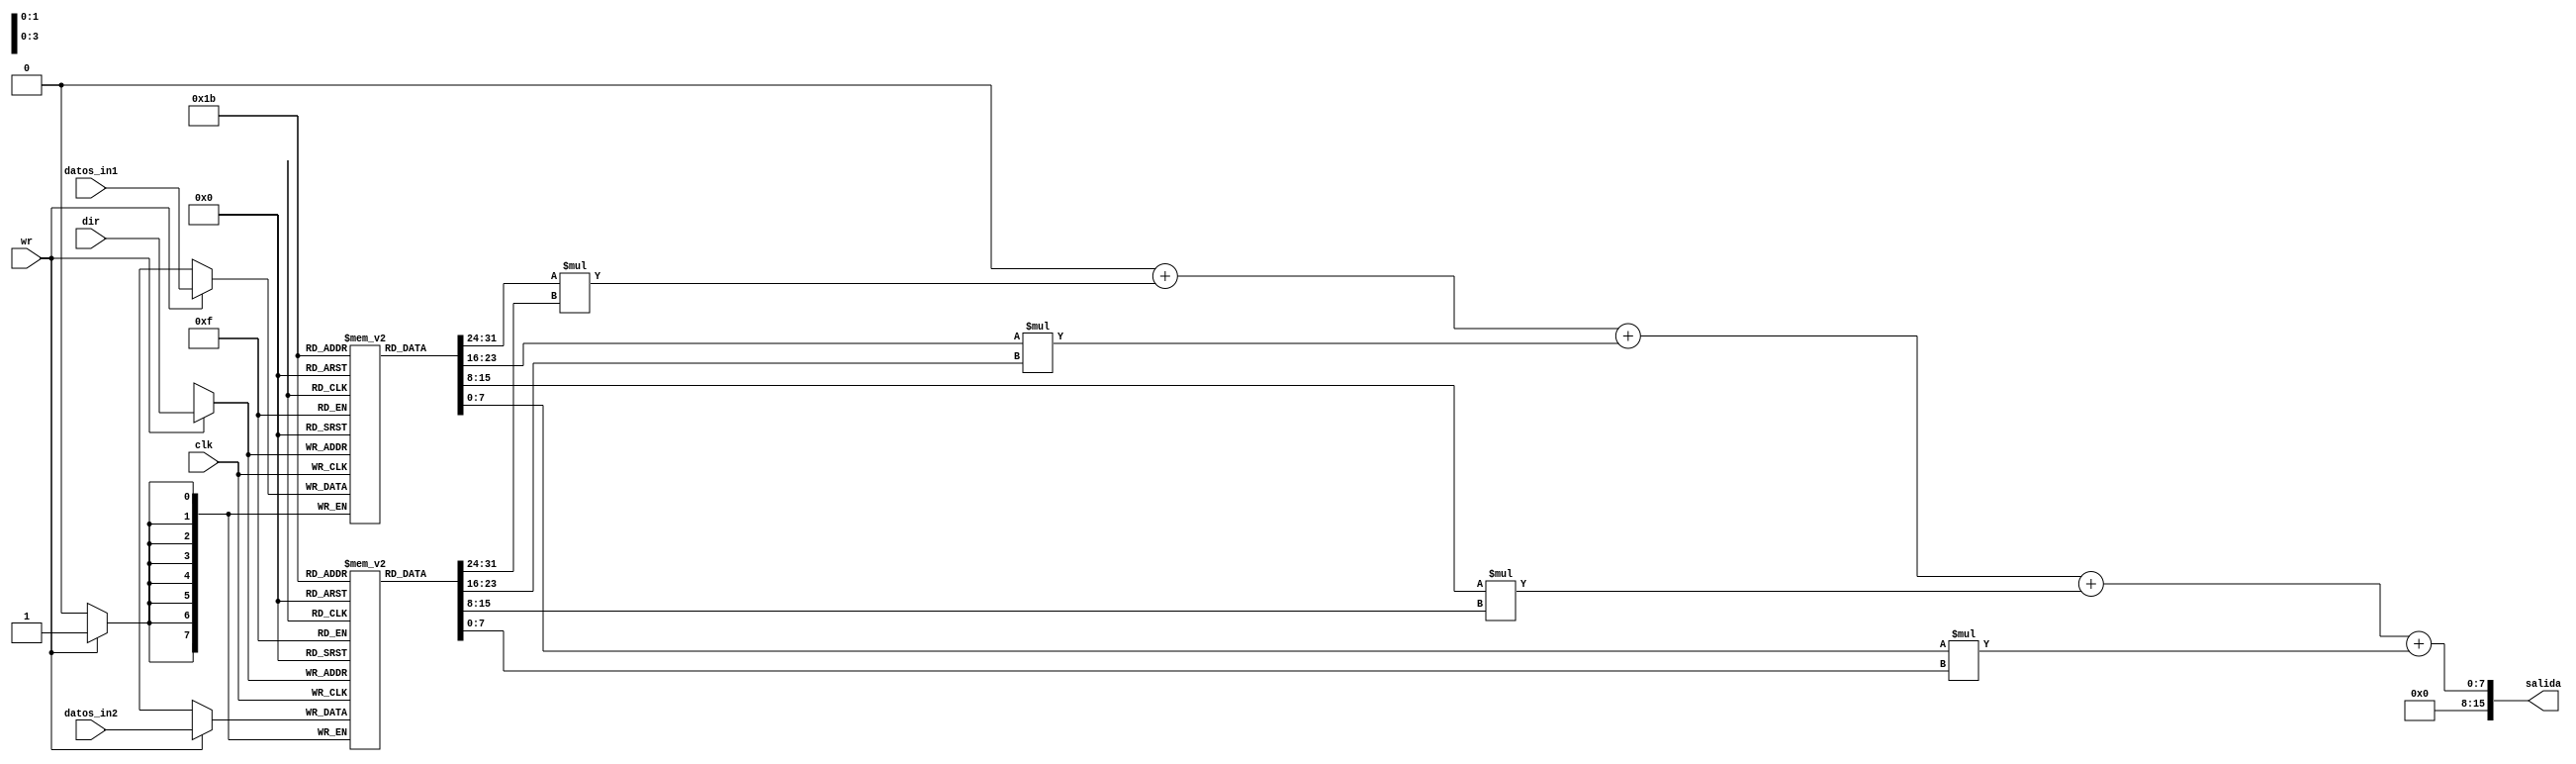
module cicloForVerilog (
    input [7:0] datos_in1, datos_in2,
    input [1:0] dir,
    input wr,
    input clk,
    output reg[15:0] salida
);
    reg [7:0] vector1 [3:0]; 
    reg [7:0] vector2 [3:0];
    reg [7:0] auxiliar;
    integer i;
    always @(posedge clk) begin
        if(wr) begin
            vector1[dir] <= datos_in1;
            vector2[dir] <= datos_in2;
        end
    end

    always @(vector1,vector2) begin
        auxiliar = 8'h00;
        for (i = 0 ; i<=3 ; i= i+1 ) begin
            auxiliar = auxiliar + vector1[i] * vector2[i];
        end
        salida=auxiliar;
    end

endmodule